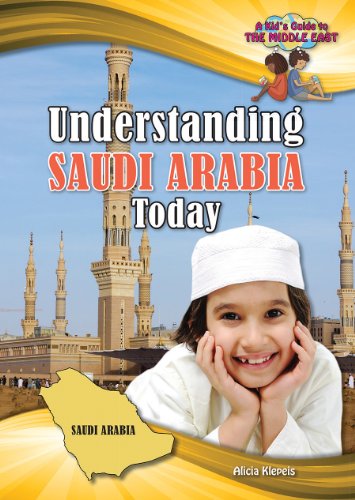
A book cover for Understanding Saudi Arabia Today (Kid's Guide to the Middle East); Alicia Klepeis; Children's Books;